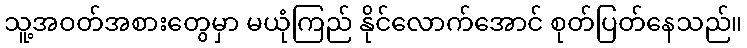
သူ့အဝတ်အစားတွေမှာ မယုံကြည် နိုင်လောက်အောင် စုတ်ပြတ်နေသည်။